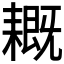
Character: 𦔙